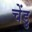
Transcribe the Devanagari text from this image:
चेंडु